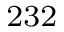
^ { 2 3 2 }